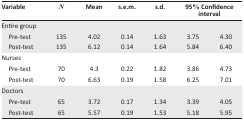
| Variable | N | Mean | s.e.m. | s.d. | <COLSPAN=2> 95% Confidence interval |
 | --- | --- | --- | --- | --- | --- | --- |
 | <COLSPAN=7> Entire group |
 | Pre-test | 135 | 4.02 | 0.14 | 1.63 | 3.75 | 4.30 |
 | Post-test | 135 | 6.12 | 0.14 | 1.64 | 5.84 | 6.40 |
 | <COLSPAN=7> Nurses |
 | Pre-test | 70 | 4.3 | 0.22 | 1.82 | 3.86 | 4.73 |
 | Post-test | 70 | 6.63 | 0.19 | 1.58 | 6.25 | 7.01 |
 | <COLSPAN=7> Doctors |
 | Pre-test | 65 | 3.72 | 0.17 | 1.34 | 3.39 | 4.05 |
 | Post-test | 65 | 5.57 | 0.19 | 1.53 | 5.18 | 5.95 |